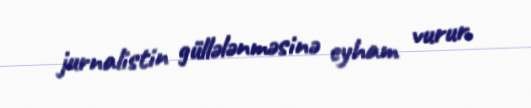
jurnalistin güllələnməsinə eyham vurur.